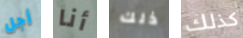
أجل أنا ذلك كذلك